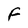
Character: F